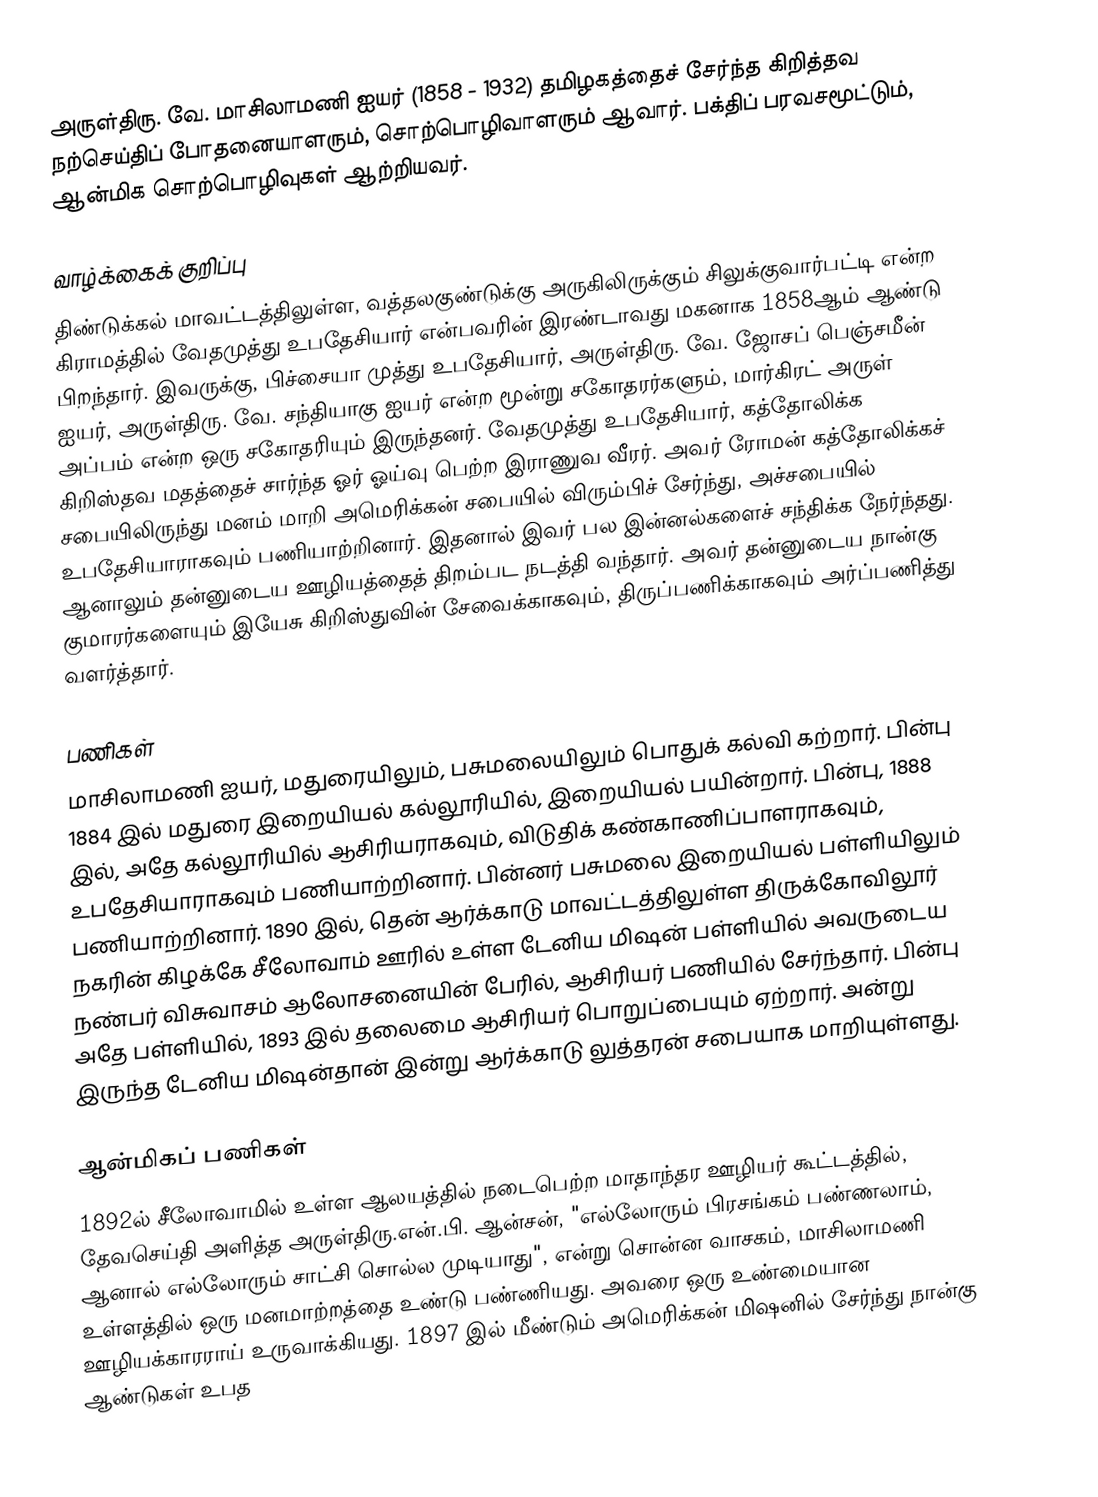
அருள்திரு. வே. மாசிலாமணி ஐயர் (1858 - 1932) தமிழகத்தைச் சேர்ந்த கிறித்தவ நற்செய்திப் போதனையாளரும், சொற்பொழிவாளரும் ஆவார். பக்திப் பரவசமூட்டும், ஆன்மிக சொற்பொழிவுகள் ஆற்றியவர்.

வாழ்க்கைக் குறிப்பு
திண்டுக்கல் மாவட்டத்திலுள்ள,  வத்தலகுண்டுக்கு அருகிலிருக்கும் சிலுக்குவார்பட்டி என்ற கிராமத்தில் வேதமுத்து உபதேசியார் என்பவரின் இரண்டாவது மகனாக 1858ஆம் ஆண்டு பிறந்தார்.  இவருக்கு, பிச்சையா முத்து உபதேசியார், அருள்திரு. வே. ஜோசப் பெஞ்சமீன் ஐயர், அருள்திரு. வே. சந்தியாகு ஐயர் என்ற மூன்று சகோதரர்களும், மார்கிரட் அருள் அப்பம் என்ற ஒரு சகோதரியும் இருந்தனர். வேதமுத்து உபதேசியார், கத்தோலிக்க கிறிஸ்தவ மதத்தைச் சார்ந்த ஓர் ஓய்வு பெற்ற இராணுவ வீரர். அவர் ரோமன் கத்தோலிக்கச் சபையிலிருந்து மனம் மாறி அமெரிக்கன் சபையில் விரும்பிச் சேர்ந்து, அச்சபையில் உபதேசியாராகவும் பணியாற்றினார். இதனால் இவர் பல இன்னல்களைச் சந்திக்க நேர்ந்தது. ஆனாலும் தன்னுடைய ஊழியத்தைத் திறம்பட நடத்தி வந்தார். அவர் தன்னுடைய நான்கு குமாரர்களையும் இயேசு கிறிஸ்துவின் சேவைக்காகவும், திருப்பணிக்காகவும் அர்ப்பணித்து வளர்த்தார்.

பணிகள்
மாசிலாமணி ஐயர், மதுரையிலும்,  பசுமலையிலும் பொதுக் கல்வி கற்றார். பின்பு 1884 இல் மதுரை இறையியல் கல்லூரியில்,  இறையியல் பயின்றார். பின்பு, 1888 இல், அதே கல்லூரியில் ஆசிரியராகவும், விடுதிக் கண்காணிப்பாளராகவும், உபதேசியாராகவும் பணியாற்றினார். பின்னர் பசுமலை இறையியல் பள்ளியிலும் பணியாற்றினார். 1890 இல், தென் ஆர்க்காடு மாவட்டத்திலுள்ள   திருக்கோவிலூர்  நகரின் கிழக்கே சீலோவாம் ஊரில் உள்ள டேனிய மிஷன் பள்ளியில் அவருடைய நண்பர் விசுவாசம் ஆலோசனையின் பேரில், ஆசிரியர் பணியில் சேர்ந்தார். பின்பு அதே பள்ளியில், 1893 இல் தலைமை ஆசிரியர் பொறுப்பையும் ஏற்றார். அன்று இருந்த டேனிய மிஷன்தான் இன்று ஆர்க்காடு லுத்தரன் சபையாக மாறியுள்ளது.

ஆன்மிகப் பணிகள்
1892ல் சீலோவாமில் உள்ள ஆலயத்தில் நடைபெற்ற மாதாந்தர ஊழியர் கூட்டத்தில், தேவசெய்தி அளித்த அருள்திரு.என்.பி. ஆன்சன், "எல்லோரும் பிரசங்கம் பண்ணலாம், ஆனால் எல்லோரும் சாட்சி சொல்ல முடியாது", என்று சொன்ன வாசகம், மாசிலாமணி உள்ளத்தில் ஒரு மனமாற்றத்தை உண்டு பண்ணியது. அவரை ஒரு உண்மையான ஊழியக்காரராய் உருவாக்கியது. 1897 இல் மீண்டும் அமெரிக்கன் மிஷனில் சேர்ந்து நான்கு ஆண்டுகள் உபத